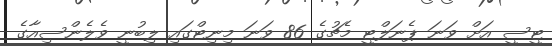
ޓީސީ އަށް ވަނަ ޕެނަލްޓީ މެޗުގެ 86 ވަނަ މިނިޓްގައި ލިބުނީ ވެލެންސިއާގެ